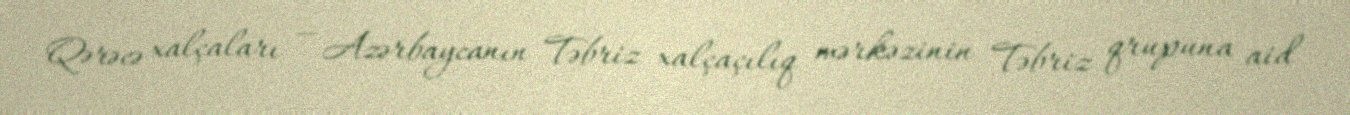
Qərəcə xalçaları — Azərbaycanın Təbriz xalçaçılıq mərkəzinin Təbriz qrupuna aid